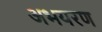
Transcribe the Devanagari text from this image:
अभयरण